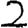
Digit: 2